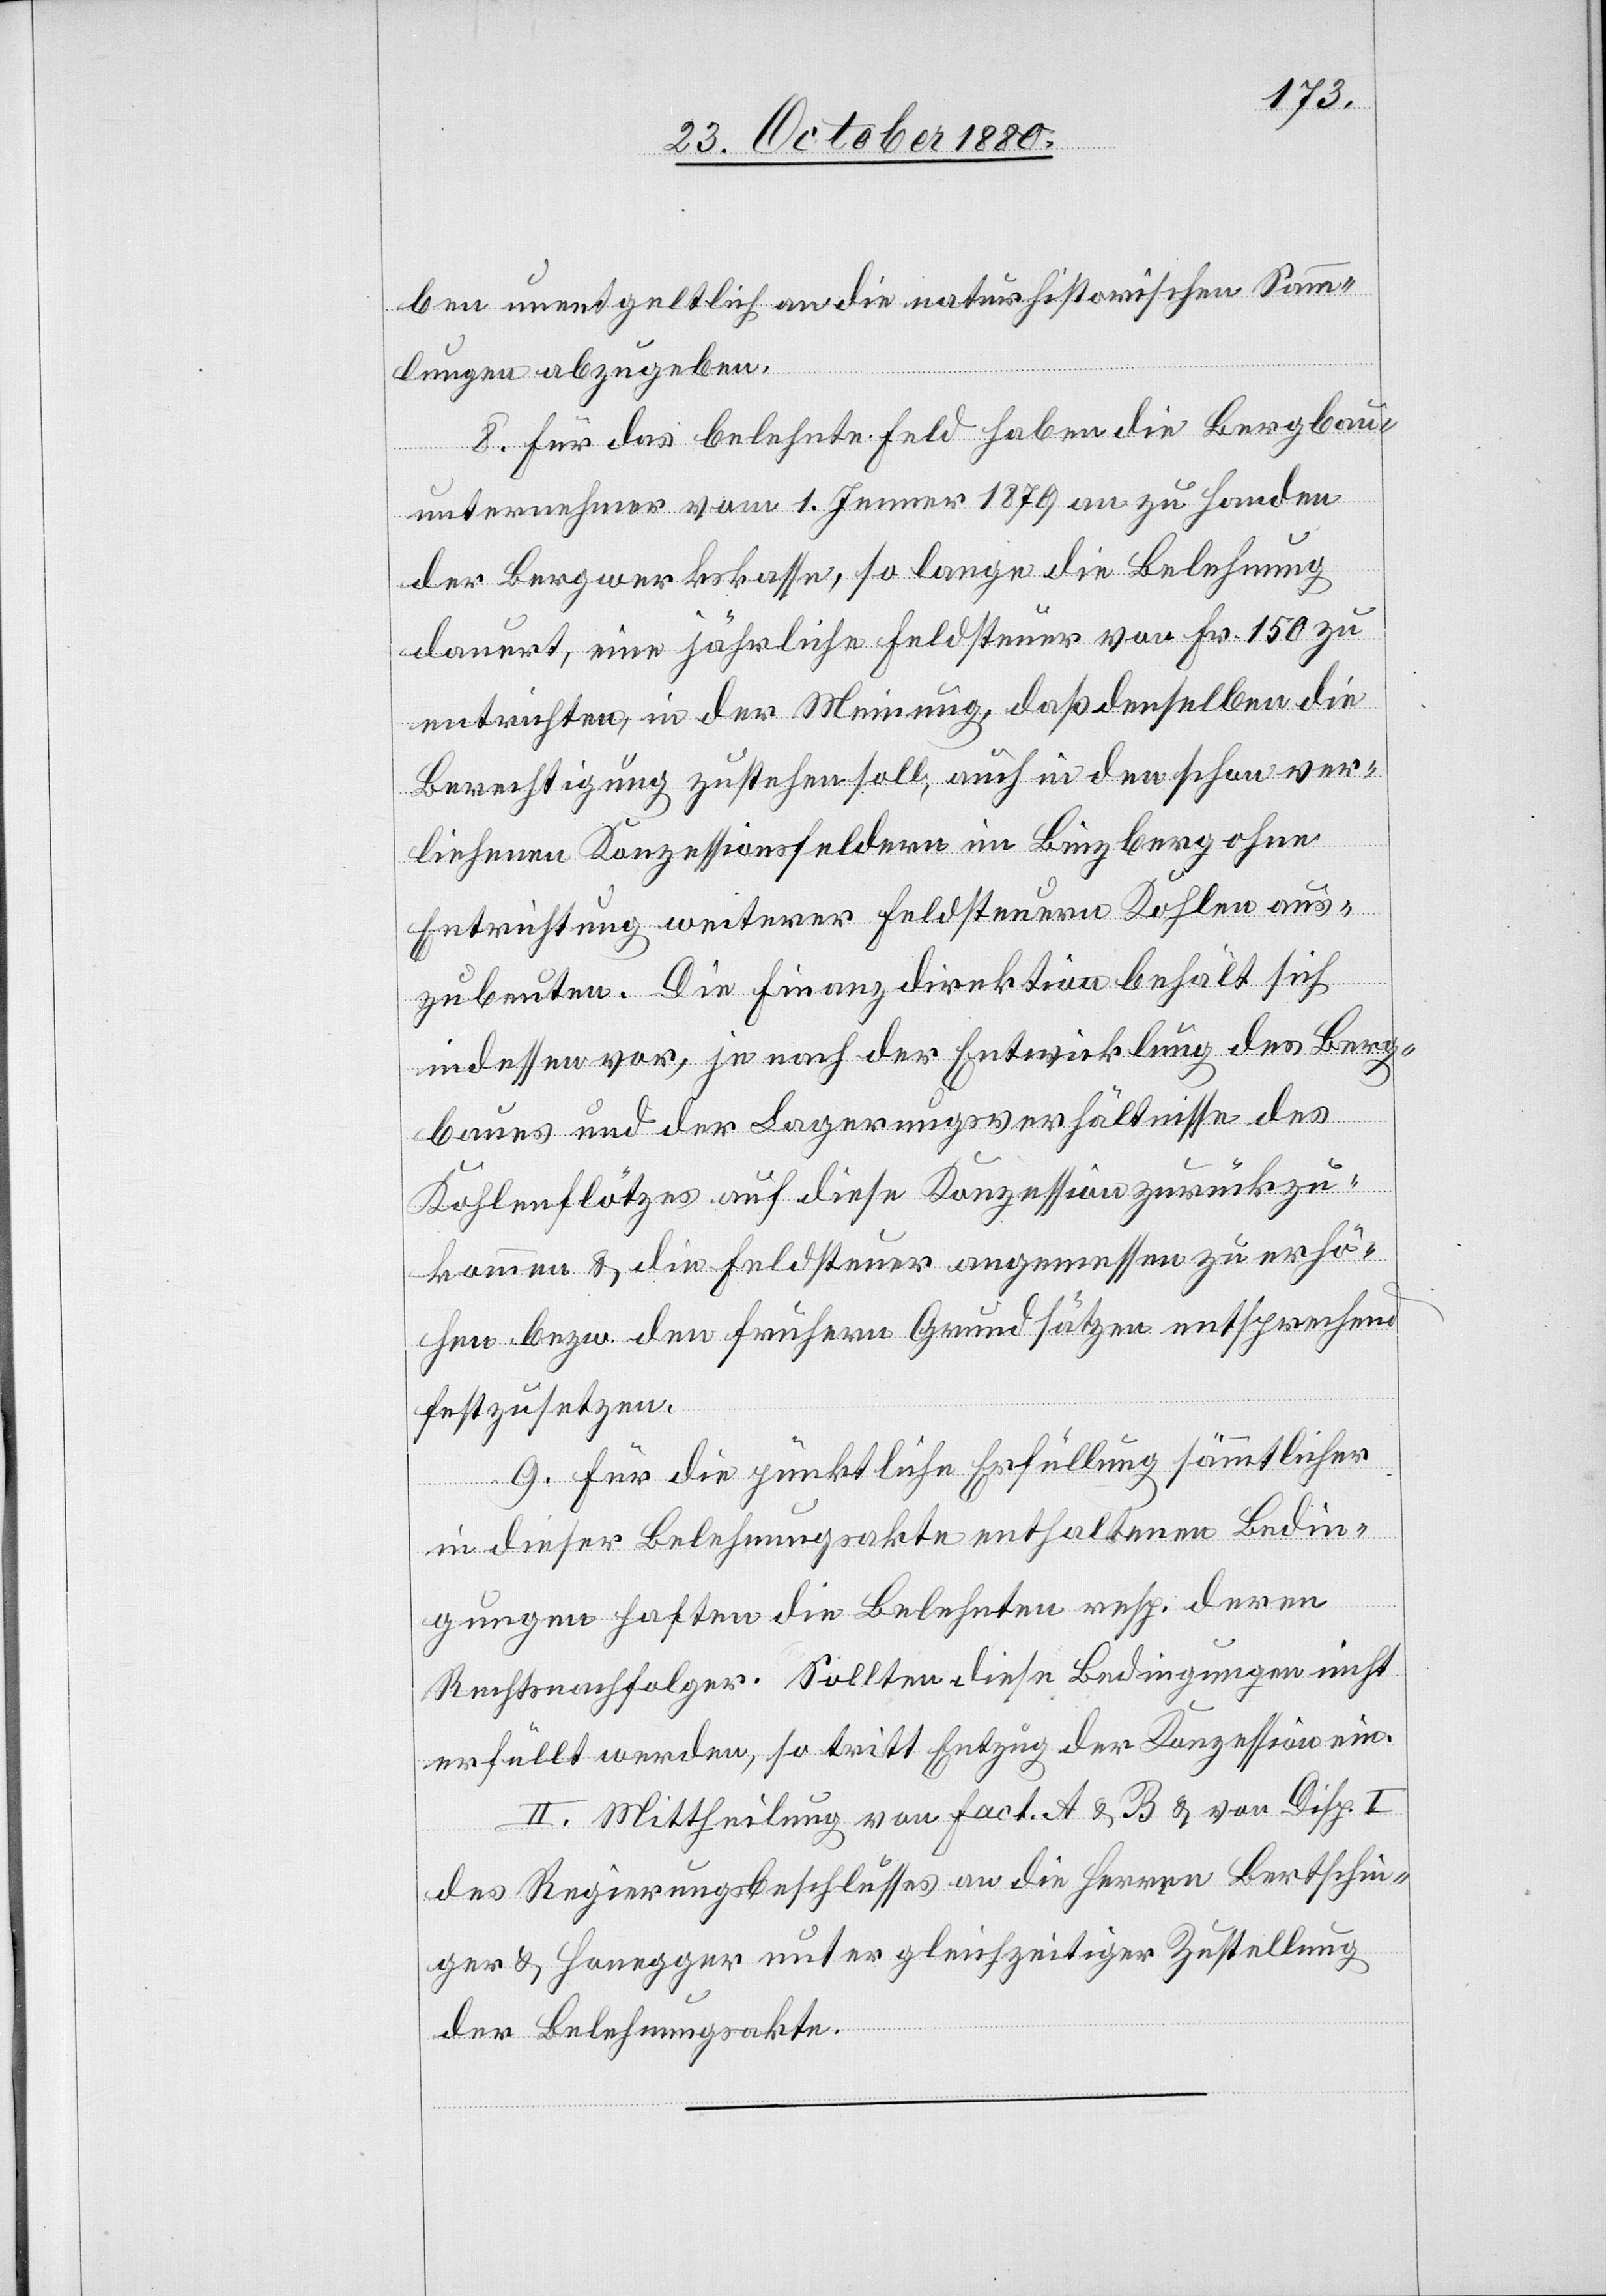
ben unentgeltlich an die naturhistorischen Samm¬
lungen abzugeben.
8. Für das belehnte Feld haben die Bergbau¬
unternehmer vom 1. Jenner 1879 an zu Handen
der Bergwerkskasse, so lange die Belehnung
dauert eine jährliche Feldsteuer von Fr. 150 zu
entrichten, in der Meinung, daß denselben die
Berechtigung zustehen soll, auch in den schon ver¬
liehenen Konzessionsfeldern im Binzberg ohne
Entrichtung weiterer Feldsteuern Kohlen aus¬
zubeuten. Die Finanzdirektion behält sich
indessen vor, je nach der Entwicklung des Berg¬
baues und der Lagerungsverhältnisse des
Kohlenflötzes auf diese Konzession zurückzu¬
kommen & die Feldsteuer angemessen zu erhö¬
hen bezw. den frühern Grundsätzen entsprechend
festzusetzen.
9. Für die pünktliche Erfüllung sämmtlicher
in dieser Belehnungsakte enthaltenen Bedin¬
gungen haften die Belehnten resp. deren
Rechtsnachfolger. Sollten diese Bedingung nicht
erfüllt werde, so tritt Entzug der Konzession ein.
II. Mittheilung von Fact. A & B & von Disp. I
des Regierungsbeschlusses an die Herren Bertschin¬
ger & Honegger unter gleichzeitiger Zustellung
der Belehnungsakte.